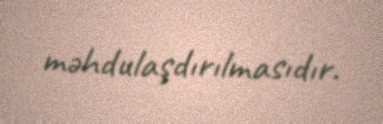
məhdulaşdırılmasıdır.